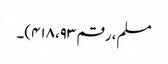
مسلم، رقم ۴۱۸،۹۳)۔